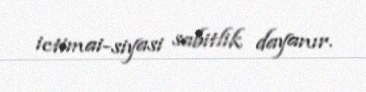
ictimai-siyasi sabitlik dayanır.